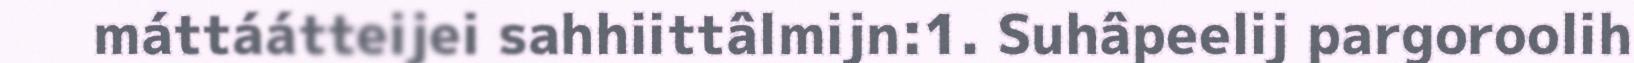
máttáátteijei sahhiittâlmijn:1. Suhâpeelij pargoroolih